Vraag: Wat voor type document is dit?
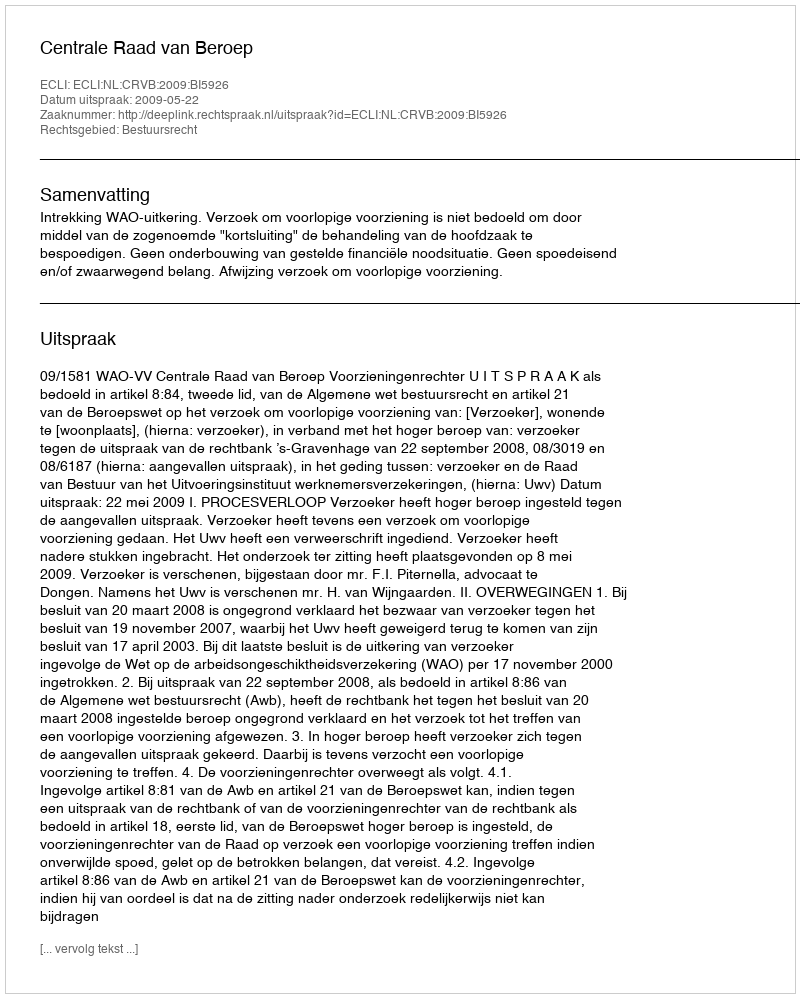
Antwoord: Uitspraak